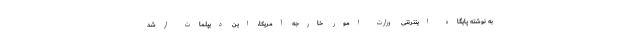
به نوشته پایگاه اینترنتی وزارت امور خارجه آمریکا، این دیپلمات ارشد